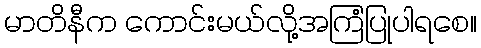
မာတိနီက ကောင်းမယ်လို့အကြံပြုပါရစေ။